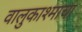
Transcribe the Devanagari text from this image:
वालुकाश्माचा